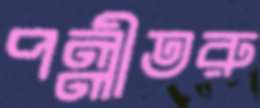
পল্লীতরু